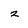
Character: 2